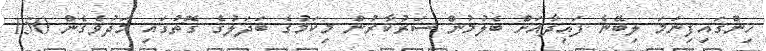
ހިންގައިފިނަމަ ލިބޭނެ ފައިދާއަށް ބެލުމުން ސަރުކާރުން މިކަމުގެ ބަދަލުގެ ގޮތުގައި މަދުވެގެން 150